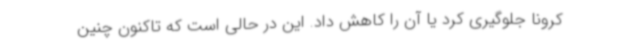
کرونا جلوگیری کرد یا آن را کاهش داد. این در حالی است که تاکنون چنین